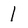
Character: l